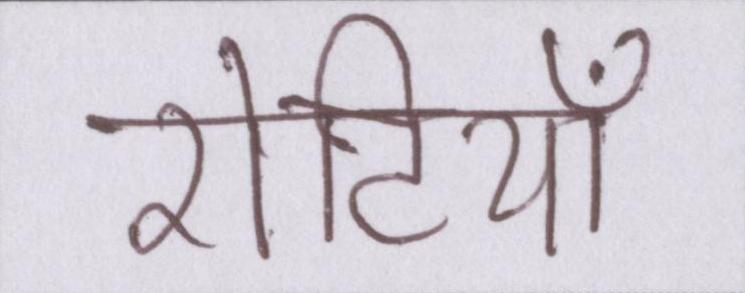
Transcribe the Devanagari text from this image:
रोटियाँ